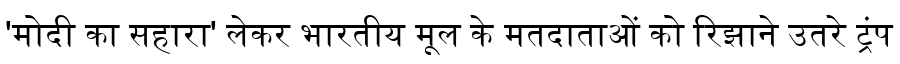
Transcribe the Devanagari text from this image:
'मोदी का सहारा' लेकर भारतीय मूल के मतदाताओं को रिझाने उतरे ट्रंप